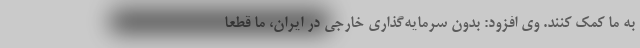
به ما کمک کنند. وی افزود: بدون سرمایه‌گذاری خارجی در ایران، ما قطعا